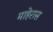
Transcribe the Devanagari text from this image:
माहेरास